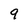
Character: 9